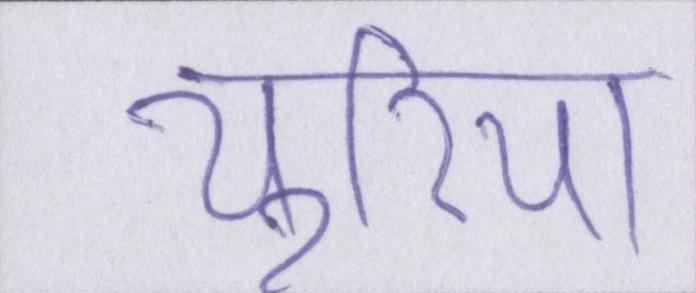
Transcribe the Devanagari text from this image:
यूरिया